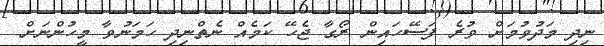
ނިދި މަދުވުމަށް ވުރެ ފަސޭހައިން ރޯގާ ޖެހޭ ކަމެއް ނެތްނިދި ހަމަނުވާ މީހުންނަށް